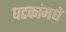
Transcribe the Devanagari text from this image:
घटकांमधे